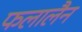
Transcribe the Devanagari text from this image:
फलालैन